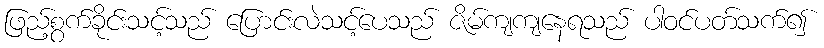
ဖြည့်စွက်ခိုင်းသင့်သည် ပြောင်းလဲသင့်ပေသည် ဇိမ်ကျကျနေရသည် ပါဝင်ပတ်သက်၍